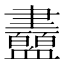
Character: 衋